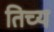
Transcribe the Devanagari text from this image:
तिच्य